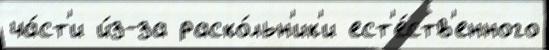
ча́ст'и и́з-за раско́льн'ик'и ест'е́ств'енного